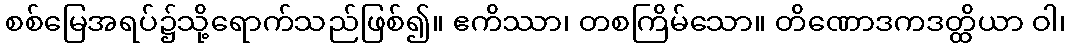
စစ်မြေအရပ်၌သို့ရောက်သည်ဖြစ်၍။ ဧကိဿာ၊ တစကြိမ်သော။ တိဏောဒကဒတ္ထိယာ ဝါ၊